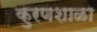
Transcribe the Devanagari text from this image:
कुरणशाळा